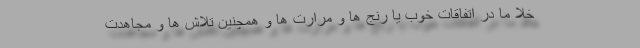
خلا ما در اتفاقات خوب یا رنج ها و مرارت ها و همچنین تلاش ها و مجاهدت